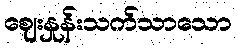
ဈေးနှုန်းသက်သာသော